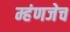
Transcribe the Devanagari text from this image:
म्हंणजेच